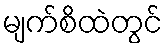
မျက်စိထဲတွင်